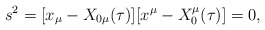
\begin{align*}s^2= [x_\mu -X_{0\mu}(\tau)][x^\mu - X^\mu _0(\tau)] =0 ,\end{align*}